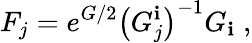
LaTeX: F_{j}=e^{G/2}\left(G_{j}^{\mathbf{i}}\right)^{-1}G_{\mathbf{i}}\; ,